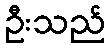
ဦးသည်